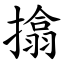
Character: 㩉